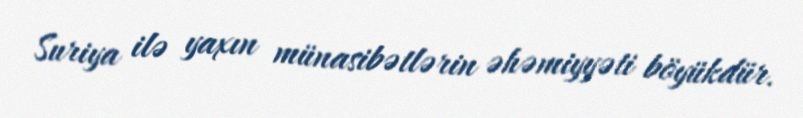
Suriya ilə yaxın münasibətlərin əhəmiyyəti böyükdür.